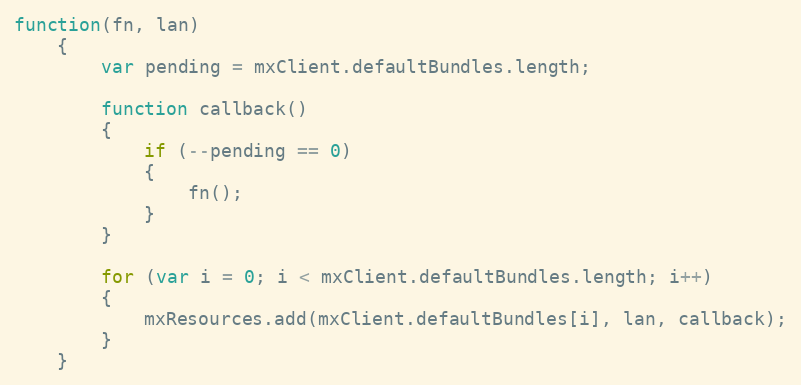
Language: JavaScript
function(fn, lan)
	{
		var pending = mxClient.defaultBundles.length;

		function callback()
		{
			if (--pending == 0)
			{
				fn();
			}
		}

		for (var i = 0; i < mxClient.defaultBundles.length; i++)
		{
			mxResources.add(mxClient.defaultBundles[i], lan, callback);
		}
	}